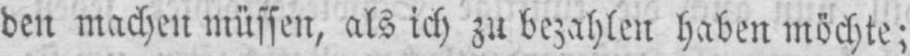
den machen müssen, als ich zu bezahlen haben möchte;